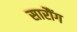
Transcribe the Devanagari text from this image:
सारौंग